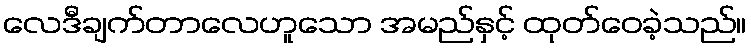
လေဒီချက်တာလေဟူသော အမည်နှင့် ထုတ်ဝေခဲ့သည်။